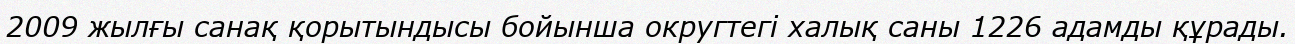
2009 жылғы санақ қорытындысы бойынша округтегі халық саны 1226 адамды құрады.